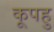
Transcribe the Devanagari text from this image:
कूपहु